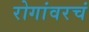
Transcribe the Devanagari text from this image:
रोगांवरचं